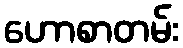
ဟောစာတမ်း